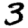
Digit: 3